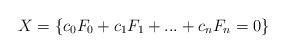
LaTeX: \begin{align*}X = \{ c_0 F_0 + c_1 F_1 + ... + c_n F_n = 0 \}\end{align*}